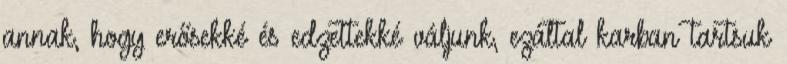
annak, hogy erősekké és edzettekké váljunk, ezáltal karban tartsuk